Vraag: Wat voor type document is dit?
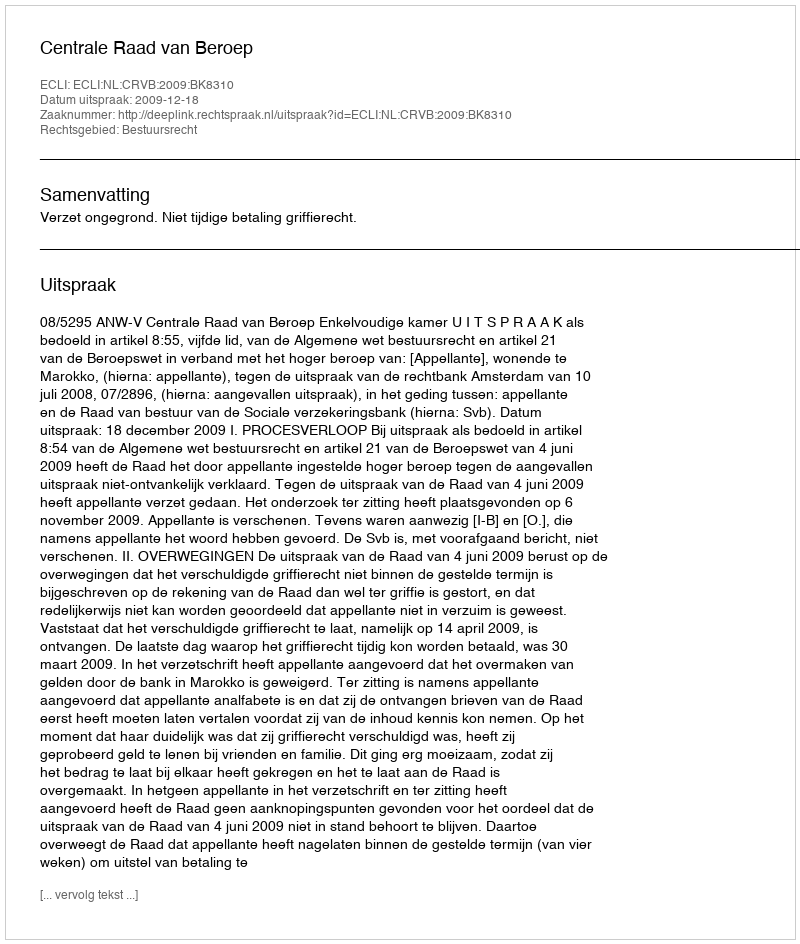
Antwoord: Uitspraak